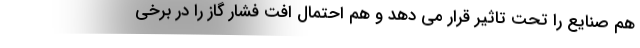
هم صنایع را تحت تاثیر قرار می دهد و هم احتمال افت فشار گاز را در برخی